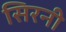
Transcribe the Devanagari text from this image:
सिरनी